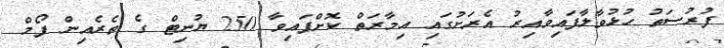
ފުރުސަތު ހުޅުވާލާފައިވާއިރު އެރަށުގައި އިމާރަތް ކޮށްފައިވާ 250 ޔުނިޓް ގެ ތެެރެއިން ފޯމް